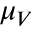
\mu _ { V }